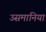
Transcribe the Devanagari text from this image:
उसमानिया